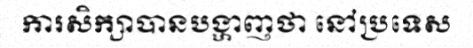
ការសិក្សាបានបង្ហាញថា នៅប្រទេស